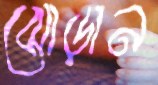
ঝোড়ান